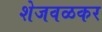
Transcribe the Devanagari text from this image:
शेजवळकर